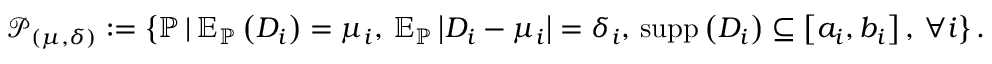
\mathcal { P } _ { ( \mu , \delta ) } : = \left\{ \mathbb { P } \, | \, \mathbb { E } _ { \mathbb { P } } \left( D _ { i } \right) = \mu _ { i } , \, \mathbb { E } _ { \mathbb { P } } \left| D _ { i } - \mu _ { i } \right| = \delta _ { i } , \, \operatorname { s u p p } \left( D _ { i } \right) \subseteq \left[ a _ { i } , b _ { i } \right] , \, \forall i \right\} .